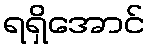
ရရှိအောင်